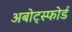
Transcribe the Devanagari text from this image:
अबोट्स्फोर्ड